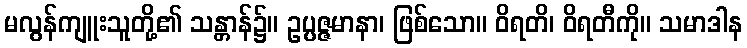
မလွန်ကျူးသူတို့၏ သန္တာန်၌။ ဥပ္ပဇ္ဇမာနာ၊ ဖြစ်သော။ ဝိရတိ၊ ဝိရတီကို။ သမာဒါန